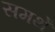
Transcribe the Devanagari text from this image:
समर्थें